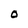
Character: O